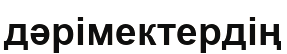
дәрімектердің